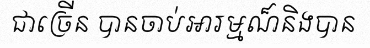
ជាច្រើន បានចាប់អារម្មណ៏និងបាន